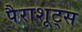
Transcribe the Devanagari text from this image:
पैराशूट्स